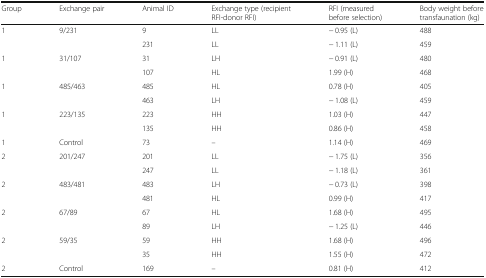
<table><thead><tr><td><b>Group</b></td><td><b>Exchange pair</b></td><td><b>Animal ID</b></td><td><b>Exchange type (recipient RFI-donor RFI)</b></td><td><b>RFI (measured before selection)</b></td><td><b>Body weight before transfaunation (kg)</b></td></tr></thead><tbody><tr><td>1</td><td>9/231</td><td>9</td><td>LL</td><td>− 0.95 (L)</td><td>488</td></tr><tr><td></td><td></td><td>231</td><td>LL</td><td>− 1.11 (L)</td><td>459</td></tr><tr><td>1</td><td>31/107</td><td>31</td><td>LH</td><td>− 0.91 (L)</td><td>480</td></tr><tr><td></td><td></td><td>107</td><td>HL</td><td>1.99 (H)</td><td>468</td></tr><tr><td>1</td><td>485/463</td><td>485</td><td>HL</td><td>0.78 (H)</td><td>405</td></tr><tr><td></td><td></td><td>463</td><td>LH</td><td>− 1.08 (L)</td><td>459</td></tr><tr><td>1</td><td>223/135</td><td>223</td><td>HH</td><td>1.03 (H)</td><td>447</td></tr><tr><td></td><td></td><td>135</td><td>HH</td><td>0.86 (H)</td><td>458</td></tr><tr><td>1</td><td>Control</td><td>73</td><td>–</td><td>1.14 (H)</td><td>469</td></tr><tr><td>2</td><td>201/247</td><td>201</td><td>LL</td><td>− 1.75 (L)</td><td>356</td></tr><tr><td></td><td></td><td>247</td><td>LL</td><td>− 1.18 (L)</td><td>361</td></tr><tr><td>2</td><td>483/481</td><td>483</td><td>LH</td><td>− 0.73 (L)</td><td>398</td></tr><tr><td></td><td></td><td>481</td><td>HL</td><td>0.99 (H)</td><td>417</td></tr><tr><td>2</td><td>67/89</td><td>67</td><td>HL</td><td>1.68 (H)</td><td>495</td></tr><tr><td></td><td></td><td>89</td><td>LH</td><td>− 1.25 (L)</td><td>446</td></tr><tr><td>2</td><td>59/35</td><td>59</td><td>HH</td><td>1.68 (H)</td><td>496</td></tr><tr><td></td><td></td><td>35</td><td>HH</td><td>1.55 (H)</td><td>472</td></tr><tr><td>2</td><td>Control</td><td>169</td><td>–</td><td>0.81 (H)</td><td>412</td></tr></tbody></table>